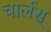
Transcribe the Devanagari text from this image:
चार्लस्‌